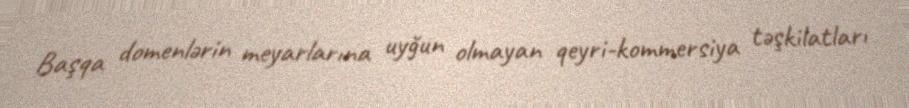
Başqa domenlərin meyarlarına uyğun olmayan qeyri-kommersiya təşkilatları